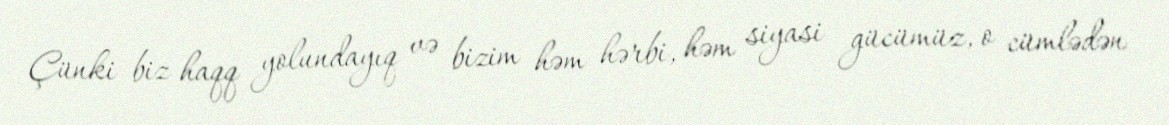
Çünki biz haqq yolundayıq və bizim həm hərbi, həm siyasi gücümüz, o cümlədən